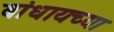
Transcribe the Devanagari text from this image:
बांधायच्या